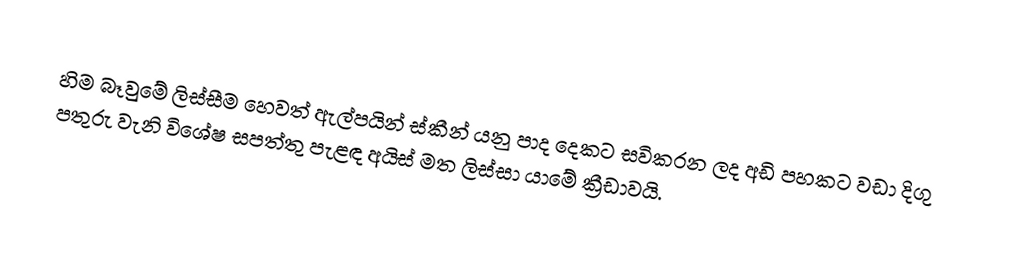
හිම බෑවුමේ ලිස්සීම හෙවත් ඇල්පයින් ස්කීන් යනු පාද දෙකට සවිකරන ලද අඩි පහකට වඩා දිගු පතුරු වැනි විශේෂ සපත්තු පැළඳ අයිස් මත ලිස්සා යාමේ ක්‍රීඩාවයි.